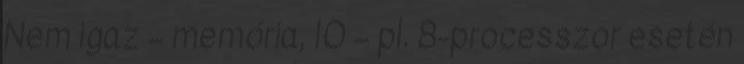
Nem igaz – memória, IO – pl. 8-processzor esetén